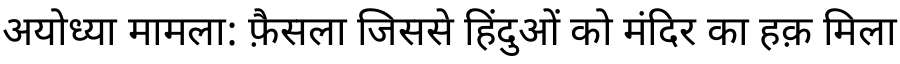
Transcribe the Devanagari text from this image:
अयोध्या मामला: फ़ैसला जिससे हिंदुओं को मंदिर का हक़ मिला